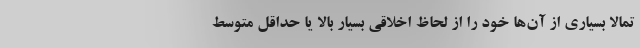
تمالاً بسیاری از آن‌ها خود را از لحاظ اخلاقی بسیار بالا یا حداقل متوسط